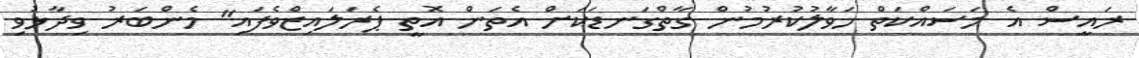
ރައީސް އެ މަސައްކަތް ހަވާލުކުރުމުން ގާތްގަނޑަކަށް އެތަން އޮތީ ޕެރަލައިޒްވެފައި" މެންބަރު ވިދާޅުވި